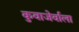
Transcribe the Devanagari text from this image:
कुवाजेर्वाला